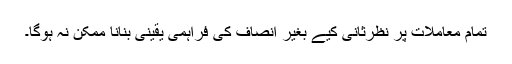
تمام معاملات پر نظرثانی کیے بغیر انصاف کی فراہمی یقینی بنانا ممکن نہ ہوگا۔